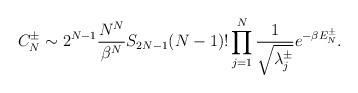
LaTeX: \begin{align*}C_N^\pm \sim 2^{N-1} \frac{N^{N}}{\beta^N}S_{2N-1} (N-1)! \prod_{j=1}^N \frac{1}{ \sqrt{\lambda^\pm_j}} e^{-\beta E_N^\pm} .\end{align*}